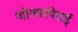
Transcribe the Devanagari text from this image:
जोलारपेत्तई